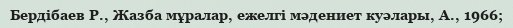
Бердібаев Р., Жазба мұралар, ежелгі мәдениет куәлары, А., 1966;